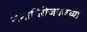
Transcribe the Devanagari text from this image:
रत्‍नागिरीजवळच्या